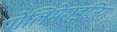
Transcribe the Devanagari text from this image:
पोलिमेराइज़िंग